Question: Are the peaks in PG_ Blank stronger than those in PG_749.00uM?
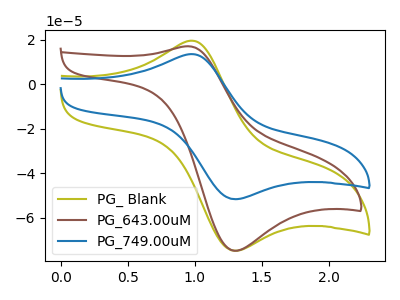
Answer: <think>The olive curve "PG_ Blank" has an anodic peak at (1.00V, 19.40uA) and a cathodic peak at (1.30V, -74.85uA). The brown curve "PG_643.00uM" has an anodic peak at (0.95V, 17.00uA) and a cathodic peak at (1.30V, -74.85uA). The blue curve "PG_749.00uM" has an anodic peak at (1.00V, 13.40uA) and a cathodic peak at (1.30V, -51.70uA).</think>
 <answer>Every peak in "PG_ Blank" is higher than every peak in "PG_749.00uM".</answer>
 <eval>higher</eval>